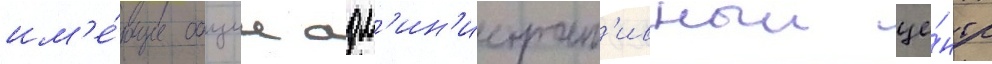
им'е́ющие общии адм'ин'истрат'ивныи це́нтр